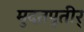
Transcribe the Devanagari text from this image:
मुदतपूतीर्